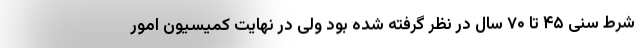
شرط سنی ۴۵ تا ۷۰ سال در نظر گرفته شده بود ولی در نهایت کمیسیون امور